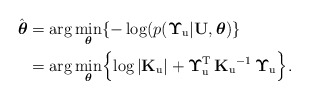
\begin{align*}\hat{\boldsymbol{\theta}} & =\arg\underset{\boldsymbol{\theta}}{\min}\{-\log(p(\boldsymbol{\Upsilon}_{\mathrm{u}}\vert\mathbf{U},\boldsymbol{\theta})\} \\ & =\arg\underset{\boldsymbol{\theta}}{\min}\Bigl\{\log|\mathbf{K}_{\mathrm{u}}|+\boldsymbol{\Upsilon}_{\mathrm{u}}^{\mathrm{T}}\,\mathbf{K}_{\mathrm{u}}{}^{-1}\,\boldsymbol{\Upsilon}_{\mathrm{u}}\Bigr\}.\end{align*}